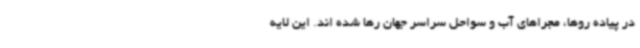
در پیاده روها، مجراهای آب و سواحل سراسر جهان رها شده اند. این لایه